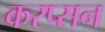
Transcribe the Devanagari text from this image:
करप्सन